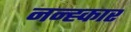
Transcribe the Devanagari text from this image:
नन्ह्कार